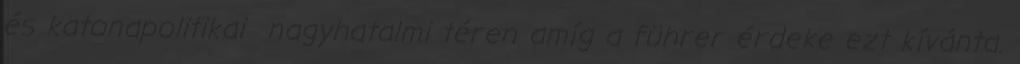
és katonapolitikai nagyhatalmi téren amíg a führer érdeke ezt kívánta.